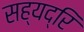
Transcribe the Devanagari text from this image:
सह्यद्रि